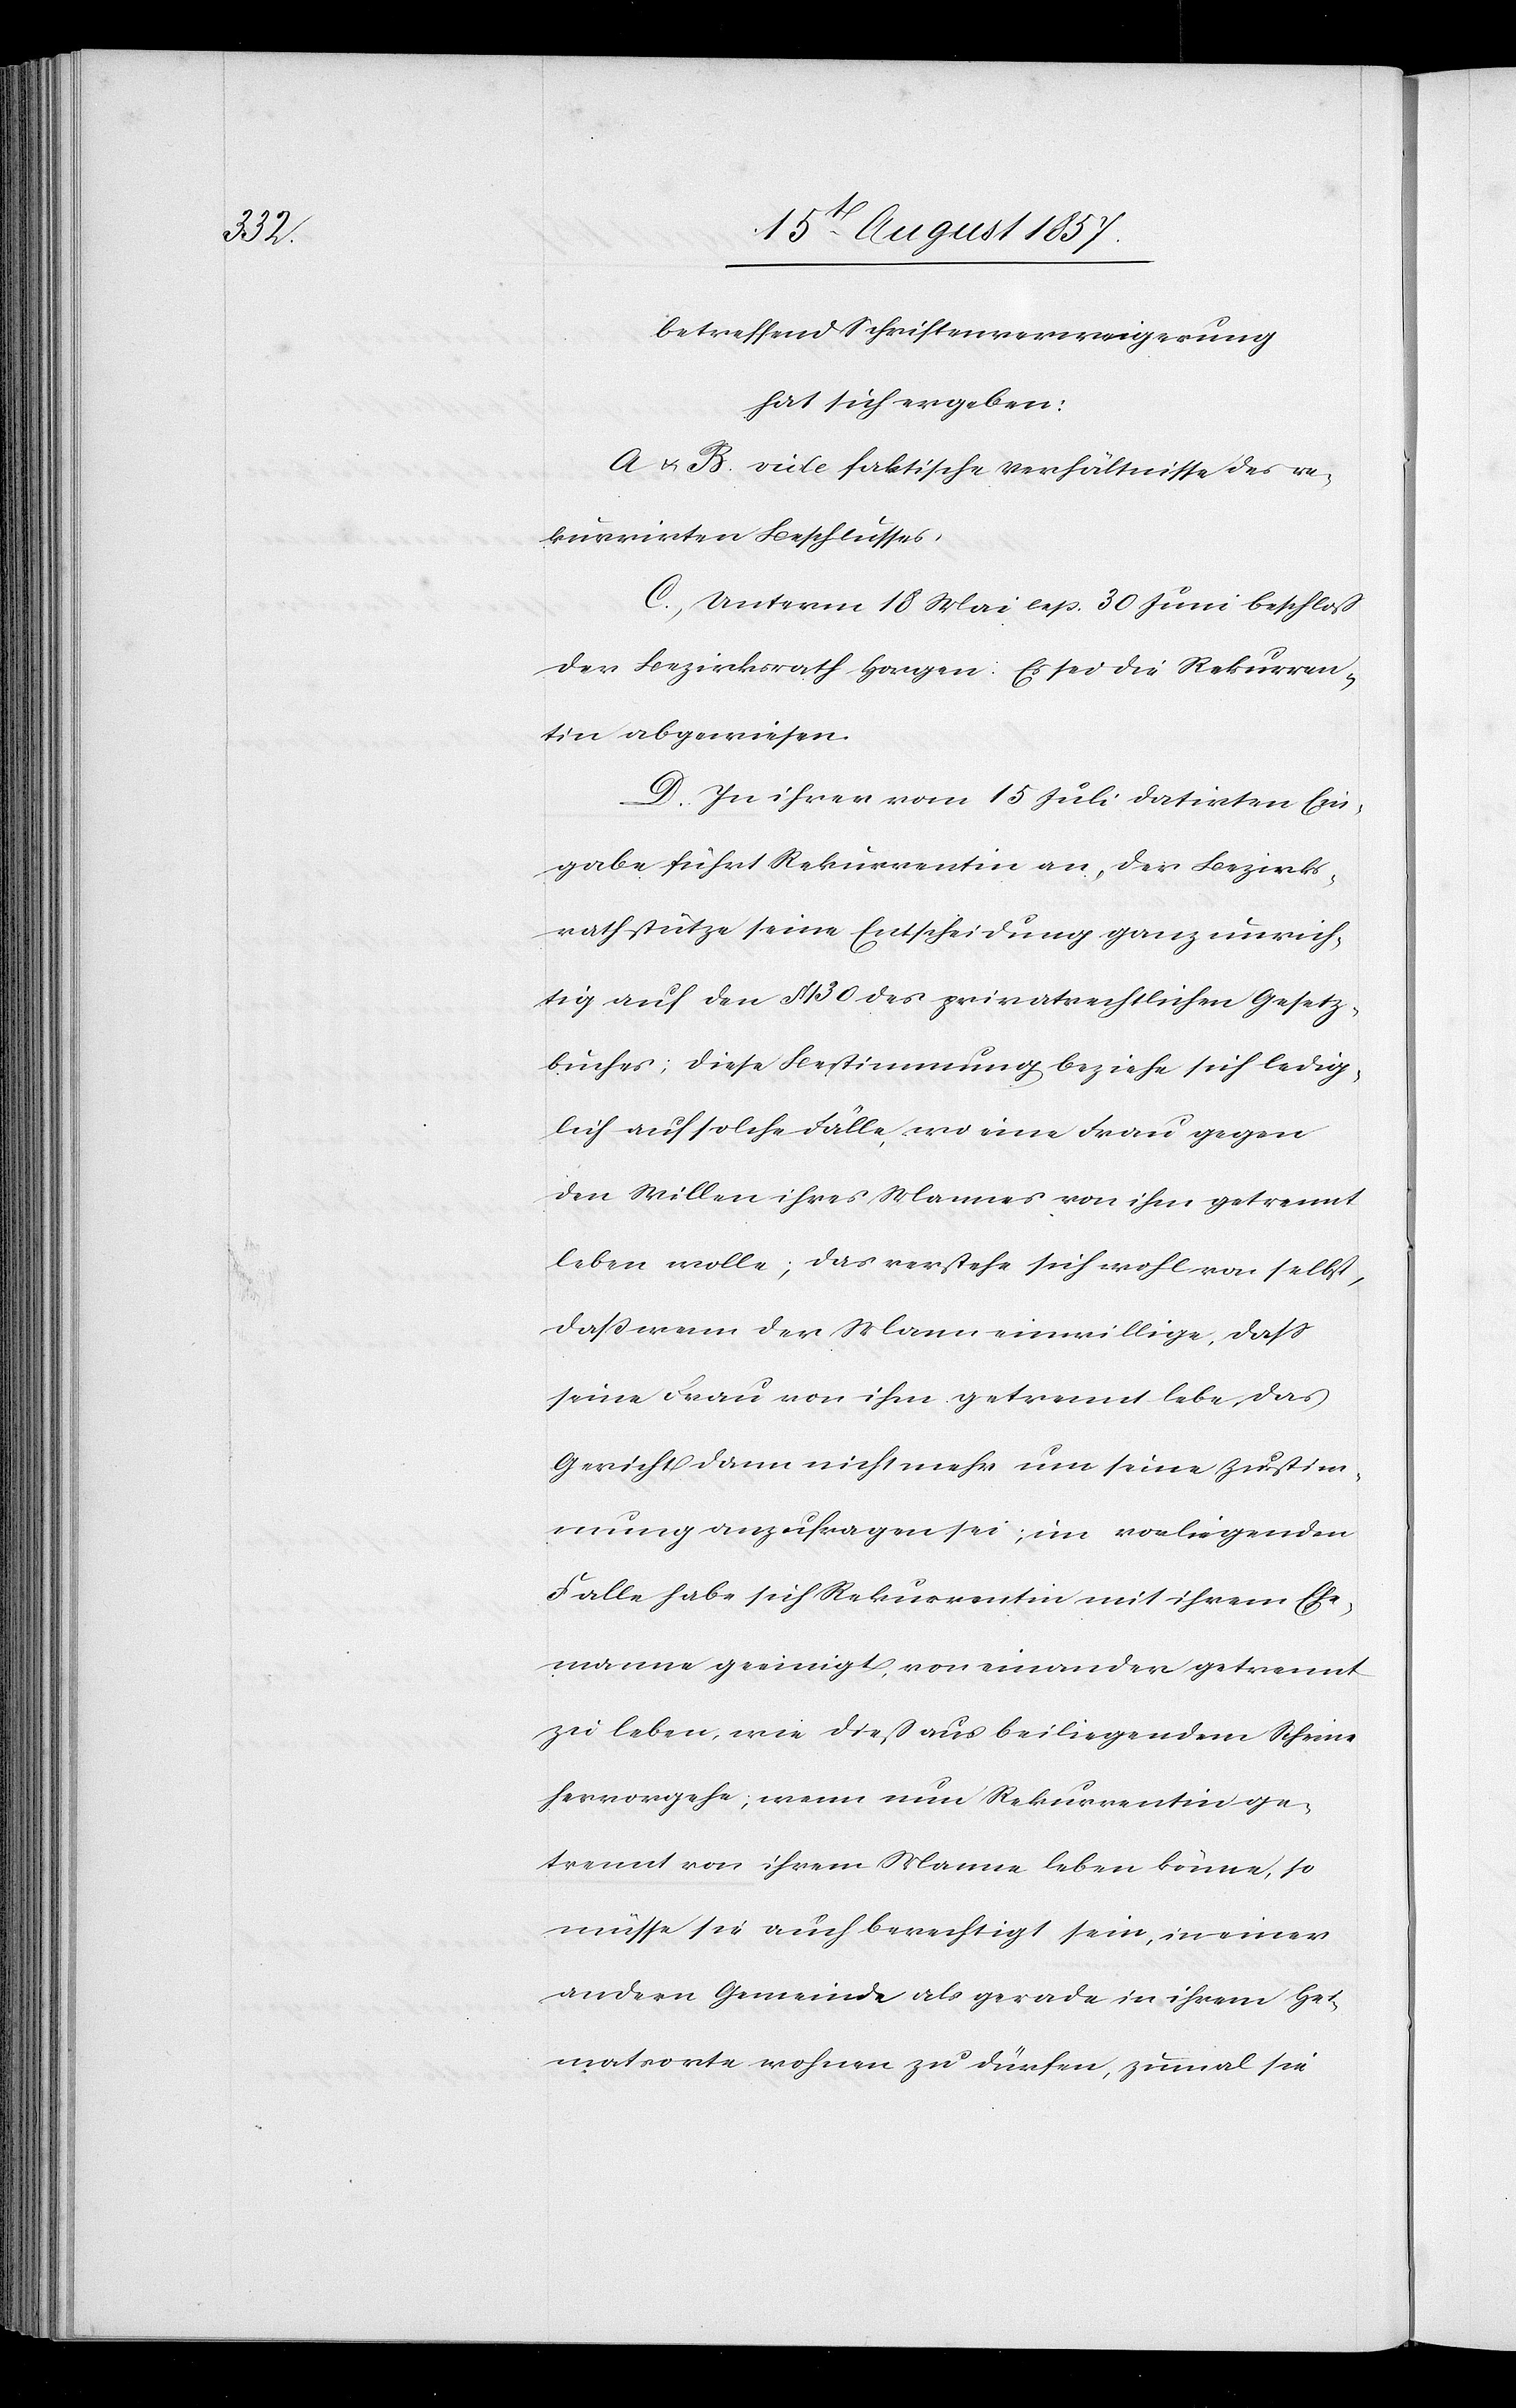
betreffend Schriftenverweigerung
hat sich ergeben:
A & B. vide faktische Verhältnisse des re¬
kurrirten Beschlusses.
C. Unterm 18 Mai resp. 30 Juni beschloß
der Bezirksrath Horgen. Es sei die Rekurren¬
tin abgewiesen.
D. In ihrer vom 15 Juli datirten Ein¬
gabe führt Rekurrentin an, der Bezirks¬
rath stütze seine Entscheidung ganz unrich¬
tig auf den § 30 des privatrechtlichen Gesetz¬
buches; diese Bestimmung beziehe sich ledig¬
lich auf solche Fälle wo eine Frau gegen
den Willen ihres Mannes von ihm getrennt
leben wolle; das verstehe sich wohl von selbst,
daß wenn der Mann einwillige, daß
seine Frau von ihm getrennt lebe, das
Gericht dann nicht mehr um seine Zustim¬
mung anzufragen sei; im vorliegenden
Falle habe sich Rekurrentin mit ihrem Ehe¬
manne geeinigt, von einander getrennt
zu leben, wie dieß aus beiliegendem Scheine
hervorgehe, wenn nun Rekurrentin ge¬
trennt von ihrem Manne leben könne, so
müsse sie auch berechtigt sein, in einer
andern Gemeinde als gerade in ihrem Hei¬
matorte wohnen zu dürfen, zumal sie